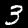
Label: 3